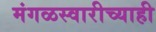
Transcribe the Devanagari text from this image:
मंगळस्वारीच्याही